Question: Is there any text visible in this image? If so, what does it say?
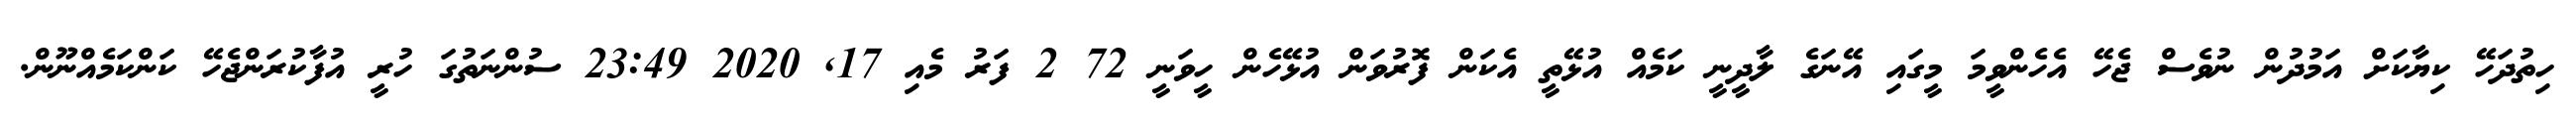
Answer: ހިތުދަހޭ ކިޔާކަށް އަމުދުން ނުވެސް ޖެހޭ އެހެންވީމަ މީގައި އޭނަގެ ލާދީނީ ކަމެއް އުޅޭތީ އެކަން ފޮރުވަން އުޅޭހެން ހީވަނީ 72 2 ފަރު މެއި 17, 2020 23:49 ސުންނަތުގަ ހުރީ އުފާކުރަންޖެހޭ ކަންކަމެއްނޫން.